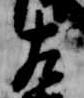
左